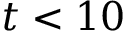
t < 1 0